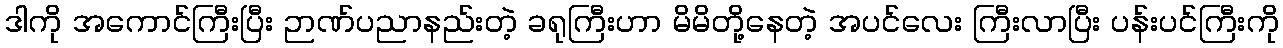
ဒါကို အကောင်ကြီးပြီး ဉာဏ်ပညာနည်းတဲ့ ခရုကြီးဟာ မိမိတို့နေတဲ့ အပင်လေး ကြီးလာပြီး ပန်းပင်ကြီးကို